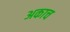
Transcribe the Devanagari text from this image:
अकाच